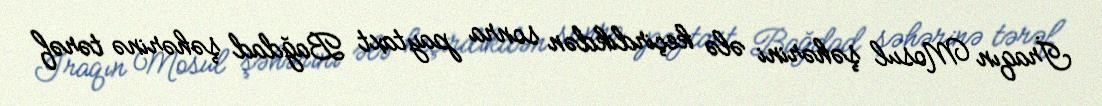
İraqın Mosul şəhərini ələ keçirdikdən sonra paytaxt Bağdad şəhərinə tərəf